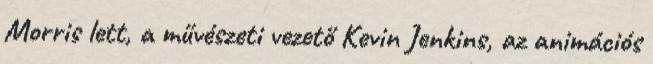
Morris lett, a művészeti vezető Kevin Jenkins, az animációs